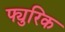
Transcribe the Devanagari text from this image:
फ्युरिक